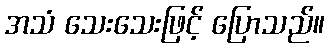
အသံ သေးသေးဖြင့် ပြောသည်။